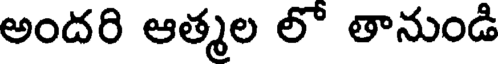
అందరి ఆత్మల లో తానుండి